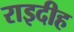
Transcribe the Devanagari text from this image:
राइदीह